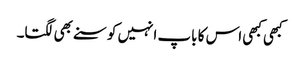
کبھی کبھی اس کا باپ انہیں کوسنے بھی لگتا۔